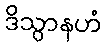
ဒိသွာနဟံ